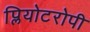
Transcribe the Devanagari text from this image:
प्लियोटरोपी